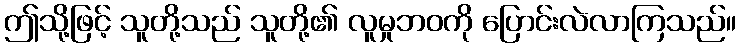
ဤသို့ဖြင့် သူတို့သည် သူတို့၏ လူမှုဘဝကို ပြောင်းလဲလာကြသည်။